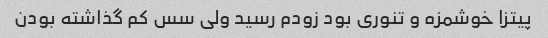
پیتزا خوشمزه و تنوری بود زودم رسید ولی سس کم گذاشته بودن